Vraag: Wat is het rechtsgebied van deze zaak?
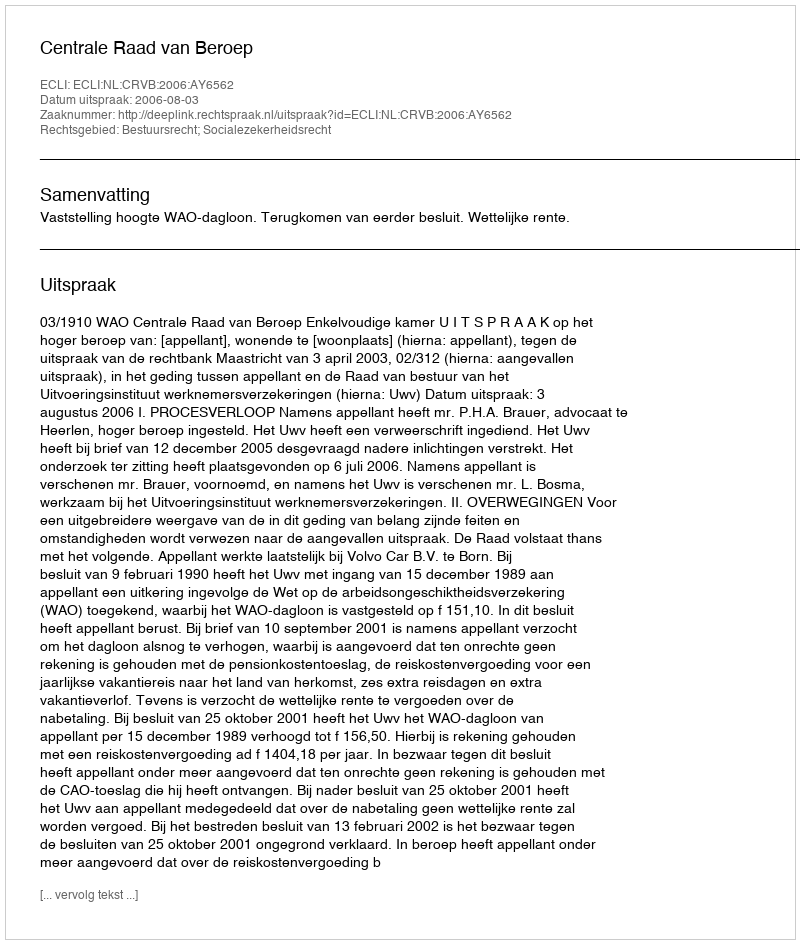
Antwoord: Bestuursrecht; Socialezekerheidsrecht